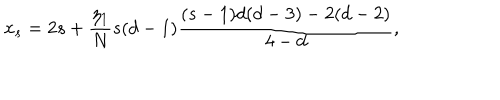
x _ { s } = 2 s + \frac { \eta _ { 1 } } { N } s ( d - 1 ) \frac { ( s - 1 ) d ( d - 3 ) - 2 ( d - 2 ) } { 4 - d } ,